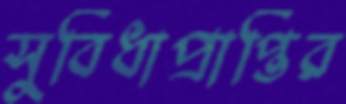
সুবিধাপ্রাপ্তির